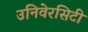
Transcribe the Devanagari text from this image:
उनिवेरसिटी